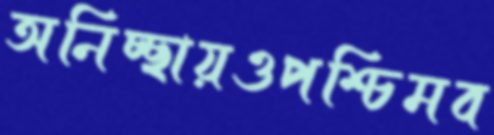
অনিচ্ছায়ওপশ্চিমব